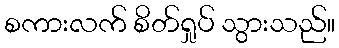
စကားလက် စိတ်ရှုပ် သွားသည်။